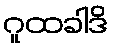
ဂူထခါဒိ